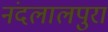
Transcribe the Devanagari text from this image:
नंदलालपुरा